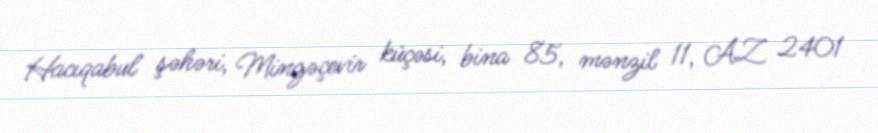
Hacıqabul şəhəri, Mingəçevir küçəsi, bina 85, mənzil 11, AZ 2401